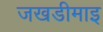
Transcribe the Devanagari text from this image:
जखडीमाइ